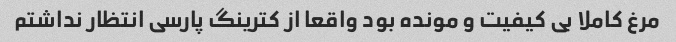
مرغ کاملا بی کیفیت و مونده بود واقعا از کترینگ پارسی انتظار نداشتم